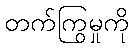
တက်ကြွမှုကို